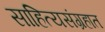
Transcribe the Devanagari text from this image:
साहित्यसंग्रहात